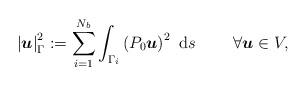
LaTeX: \begin{align*}\left|\boldsymbol{u}\right|_{\Gamma}^2:=\sum_{i=1}^{N_b}\int_{\Gamma_i}\left(P_{0}\boldsymbol{u}\right)^2~\textup{d}s~~~~~~~\forall\boldsymbol{u}\in V,\end{align*}